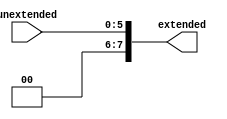
/* Author: Santosh Srivatsan	2017A8PS1924G */
/* SUB-MODULE : ZERO EXTENDER */

module a2_zero_extender(
		input [5:0] unextended,
		output [7:0] extended
		);

	assign extended = { {2{1'b0}} , unextended};
endmodule

/*******************************************************************************************************************************************************************/

/* Testbench */

module a2_tb_zero_extender;
	reg [5:0] tb_unextended;
	wire [7:0] tb_extended;
	
	/* Instantiating the zero extender module */
	a2_zero_extender ZE(.unextended(tb_unextended), .extended(tb_extended));

	initial #100 $finish;

	initial
	begin
		tb_unextended = 6'b11_0010;
		#10 tb_unextended = 6'b01_1011;
	end
endmodule

/*******************************************************************************************************************************************************************/